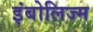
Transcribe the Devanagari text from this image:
इंबोलिज्म